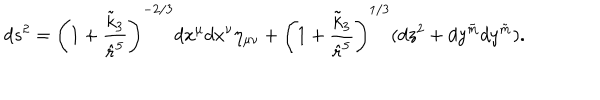
d s ^ { 2 } = \left( 1 + \frac { \tilde { k } _ { 3 } } { \hat { r } ^ { 5 } } \right) ^ { - 2 / 3 } d x ^ { \mu } d x ^ { \nu } \eta _ { \mu \nu } + \left( 1 + \frac { \tilde { k } _ { 3 } } { \hat { r } ^ { 5 } } \right) ^ { 1 / 3 } ( d z ^ { 2 } + d y ^ { \tilde { m } } d y ^ { \tilde { m } } ) .